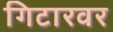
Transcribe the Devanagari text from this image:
गिटारवर